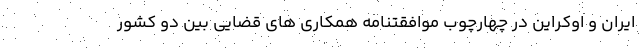
ایران و اوکراین در چهارچوب موافقتنامه همکاری های قضایی بین دو کشور